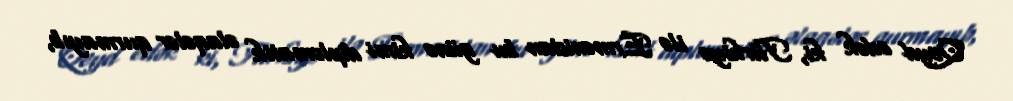
Qeyd edək ki, Türkiyə ilə Ermənistan bu günə kimi diplomatik əlaqələr qurmayıb,